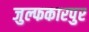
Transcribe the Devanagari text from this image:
जुल्फकारपुर